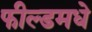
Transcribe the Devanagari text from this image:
फील्डमधे